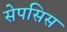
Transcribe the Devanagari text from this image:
सेपसिस